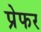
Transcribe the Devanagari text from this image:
प्रेफर